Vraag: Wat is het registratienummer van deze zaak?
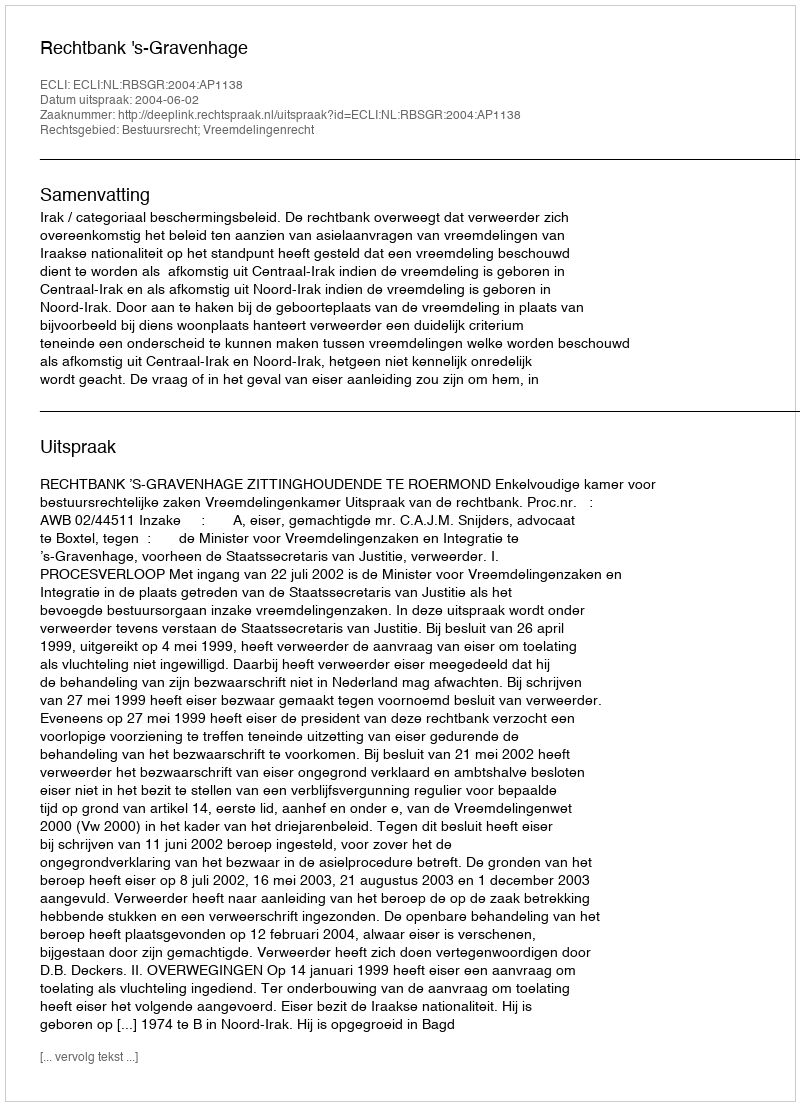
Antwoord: http://deeplink.rechtspraak.nl/uitspraak?id=ECLI:NL:RBSGR:2004:AP1138